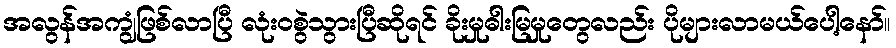
အလွန်အကျွံဖြစ်လာပြီ လုံးဝစွဲသွားပြီဆိုရင် ခိုးမှုဓါးမြမှုတွေလည်း ပိုများလာမယ်ပေါ့နော်။